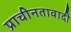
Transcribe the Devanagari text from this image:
प्राचीनतावादी